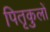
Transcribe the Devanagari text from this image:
पितृकुलों